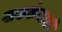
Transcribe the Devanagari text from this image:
खडकेवाडी